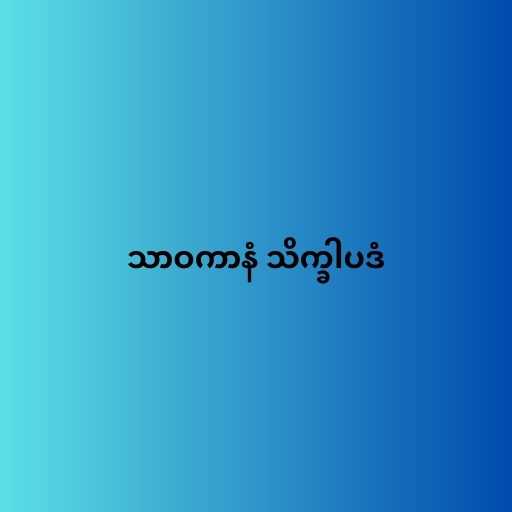
သာဝကာနံ သိက္ခါပဒံ